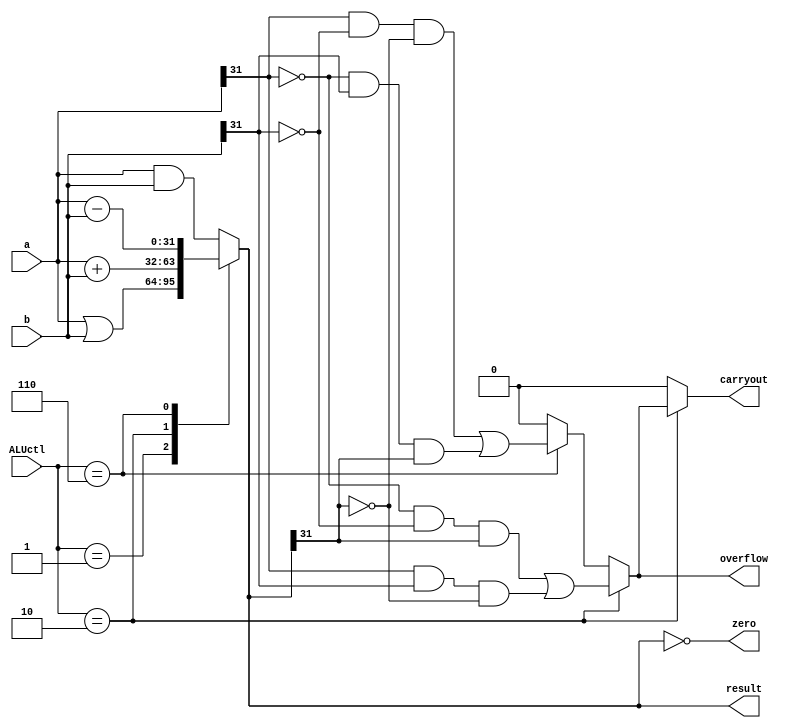
`timescale 1ns / 1ps
//////////////////////////////////////////////////////////////////////////////////
// Company: 
// Engineer: 
// 
// Design Name: 
// Module Name: alu_32
// Project Name: 
// Target Devices: 
// Tool Versions: 
// Description: 
// 
// Dependencies: 
// 
// Revision:
// Revision 0.01 - File Created
// Additional Comments:
// 
//////////////////////////////////////////////////////////////////////////////////



module alu_32(
    input signed [31:0] a,
    input signed [31:0] b,
    input [3:0] ALUctl,
    output reg signed [31:0] result,
    output reg zero,
    output reg overflow,
    output reg carryout
    );
    
    // Direct ALU control to operation
    always @(*) begin
        case (ALUctl)
            4'b0000: result <= a & b;
            4'b0001: result <= a | b;
            4'b0010: result <= a + b;
            4'b0110: result <= a - b;
            default: result <= a & b;
        endcase
        
        // Handles Zero, and Carryout and Overflow for Addition and Subtraction operations.
        carryout <= 0;
        overflow <= 0;
        if (ALUctl == 4'b0010) begin // ADD
            overflow <= ((~a[31] & ~b[31] & result[31]) | (a[31] & b[31] & ~result[31]));
            carryout <= overflow;
        end
        else if (ALUctl == 4'b0110) begin // SUB
            overflow <= ((a[31] & ~b[31] & ~result[31]) | (~a[31] & b[31] & result[31]));
        end
        zero <= (result == 0);
    end
endmodule